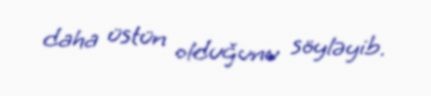
daha üstün olduğunu söyləyib.